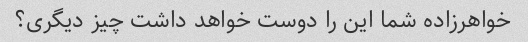
خواهرزاده شما این را دوست خواهد داشت چیز دیگری؟